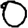
Digit: 0